Annual returns of the Patna Lunatic Asylum at Bankipore in Bihar and Orissa - 1912-1924
Year: 1912
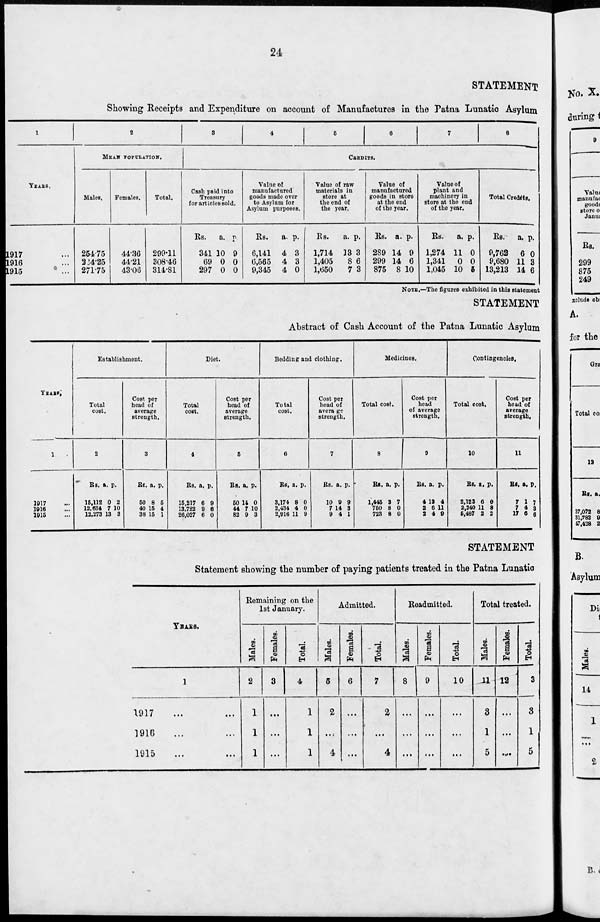
24
STATEMENT
Showing Receipts and Expenditure on account of Manufactures in the Patna Lunatic Asylum
1
YEARS.
1917 ...
1916 ...
1915 ...
2
MEAN POPULATION.
Males.
254.75
264.25
271.75
Females.
44.36
44.21
43.06
Total.
299.11
308.46
314.81
3
4
5
6
7
8
CREDITS.
Cash paid into
Treasury
for articles sold.
Rs.
341
69
297
a.
10
0
0
p.
9
0
0
Value of
manufactured
goods made over
to Asylum for
Asylum purposes.
Rs.
6,141
6,565
9,345
a.
4
4
4
p.
3
3
0
Value of raw
materials in
store at
the end of
the year.
Rs.
1,714
1,405
1,650
a.
13
8
7
p.
3
6
3
Value of
manufactured
goods in store
at the end
of the year.
Rs.
289
299
875
a.
14
14
8
p.
9
6
10
Value of
plant and
machinery in
store at the end
of the year.
Rs.
1,274
1,341
1,045
a.
11
0
10
p.
0
0
5
Total Credits.
Rs.
9,762
9,680
13,213
a.
6
11
14
p.
0
3
6
NOTE.—The figures exhibited in this statement
STATEMENT
Abstract of Cash Account of the Patna Lunatic Asylum
YEARS.
1
1917 ...
1916 ...
1915 ...
Establishment.
Total
cost.
2
Rs.
15,112
12,634
12,273
a.
0
7
13
p.
2
10
3
Cost per
head of
average
strength.
3
Rs.
50
40
38
a.
8
15
15
p.
5
4
1
Diet.
Total
cost.
4
Rs.
15,217
13,722
26,027
a.
6
9
6
p.
9
6
0
Cost per
head of
average
strength.
5
Rs.
50
44
82
a.
14
7
9
p.
0
10
3
Bedding and clothing.
Total
cost.
6
Rs.
3,174
2,434
2,916
a.
8
4
11
p.
0
0
9
Cost per
head of
average
strength.
7
Rs.
10
7
9
a.
9
14
4
p.
9
3
1
Medicines.
Total cost.
8
Rs.
1,445
750
723
a.
3
8
8
p.
7
0
0
Cost per
head
of average
strength.
9
Rs.
4
2
2
a.
13
6
4
p.
4
11
9
Contingencies,
Total cost.
10
Rs.
2,123
2,240
5,487
a.
6
11
2
p.
0
8
2
Cost per
head of
average
strength.
11
Rs.
7
7
17
a.
1
4
6
p.
7
3
6
STATEMENT
Statement showing the number of paying patients treated in the Patna Lunatic
YEARS.
1
1917 ... ...
1916 ... ...
1915
...
...
Remaining on the
1st January.
Males.
2
1
1
1
Females.
3
...
...
...
Total.
4
1
1
1
Admitted.
Males.
5
2
...
4
Females.
6
...
...
...
Total.
7
...
...
4
Readmitted.
Males.
8
...
...
...
Females.
9
...
...
...
Total.
10
...
...
...
Total treated.
Males.
11
3
1
5
Females.
12
...
...
...
Total.
3
3
1
5